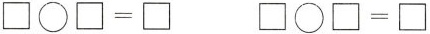
$$\square \bigcirc \square = \square $$$$\square \bigcirc \square = \square $$